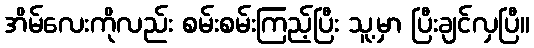
အိမ်လေးကိုလည်း စမ်းစမ်းကြည့်ပြီး သူ့မှာ ပြီးချင်လှပြီ။